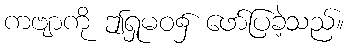
ကဗျာကို ဤရှုမဝ၌ ဖော်ပြခဲ့သည်။